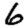
Digit: 6